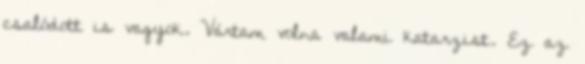
csalódott is vagyok. Vártam volna valami katarzist. Ez az